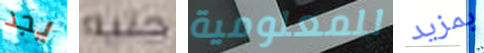
يجد جنيه للمعلومية بمزيد